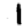
Digit: 1